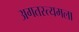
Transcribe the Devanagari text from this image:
अगतस्त्यमला